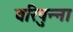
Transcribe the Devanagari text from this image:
वरिपुन्‍ना